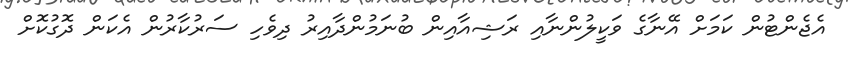
އެޖެންޓުން ކަމަށް އޭނާގެ ވަކީލުންނާއި ރަޝިއާއިން ބުނަމުންދާއިރު ދިވެހި ސަރުކާރުން އެކަން ދޮގުކޮށް